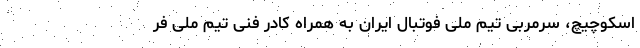
اسکوچیچ، سرمربی تیم ملی فوتبال ایران به همراه کادر فنی تیم ملی فر